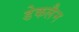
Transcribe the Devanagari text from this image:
डेकलैन